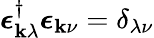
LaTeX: \boldsymbol{\epsilon}_{\boldsymbol{\mathbf{k}}\lambda}^{\dagger}\boldsymbol{\epsilon}_{\boldsymbol{\mathbf{k}}\nu}=\delta_{\lambda\nu}